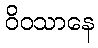
ဝိဝသာနေ